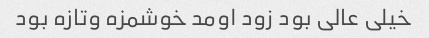
خیلی عالی بود زود اومد خوشمزه وتازه بود